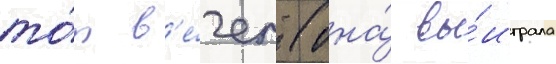
то́т в'е́чер (она́ вы́играла